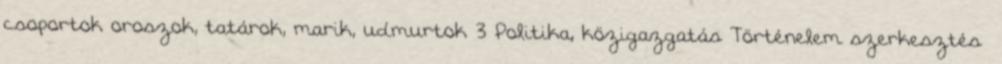
csoportok oroszok, tatárok, marik, udmurtok 3 Politika, közigazgatás Történelem szerkesztés